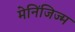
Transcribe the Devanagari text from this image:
मेनिंजिज्म